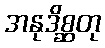
အနုဒိစ္ဆတု